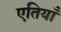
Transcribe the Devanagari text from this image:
एतियाँ